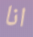
انا